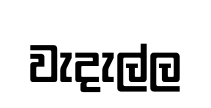
වැදැල්ල